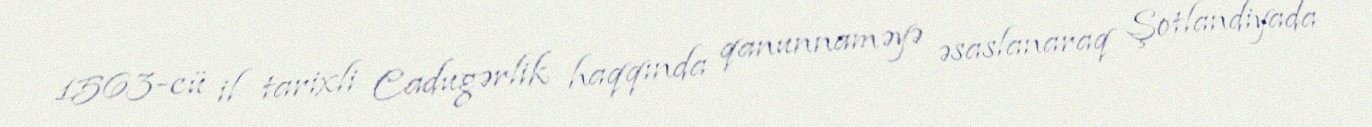
1563-cü il tarixli Cadugərlik haqqında qanunnaməyə əsaslanaraq Şotlandiyada